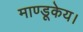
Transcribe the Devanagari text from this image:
माण्डूकेय।